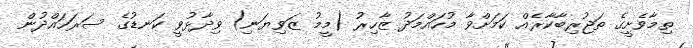
ތިމާވެށީގެ ތަޖުރިބާކާރެއް ކަމަށްވާ މުހައްމަދު ޒާހިރު (މީމު ޒަވިޔަނި) ވިދާޅުވީ ކަނޑުގެ ސަރަހައްދުން